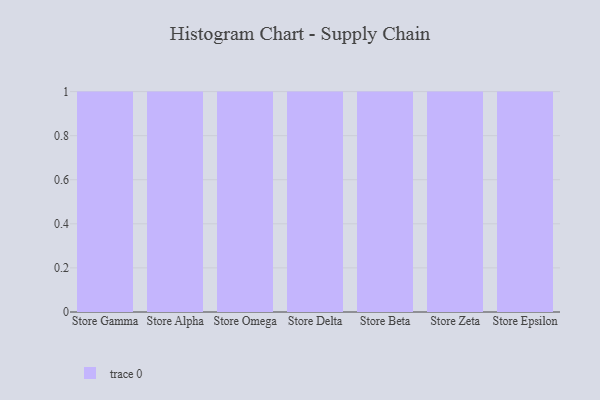
{"axis": {"x": "Store", "y": "Tickets Resolved"}, "legend": [""], "data": [{"x": "Store Gamma", "y": 88, "type": ""}, {"x": "Store Alpha", "y": 16, "type": ""}, {"x": "Store Omega", "y": 94, "type": ""}, {"x": "Store Delta", "y": 20, "type": ""}, {"x": "Store Beta", "y": 21, "type": ""}, {"x": "Store Zeta", "y": 30, "type": ""}, {"x": "Store Epsilon", "y": 73, "type": ""}]}